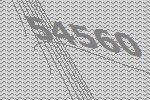
54560